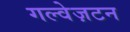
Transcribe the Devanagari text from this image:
गल्वेज़टन